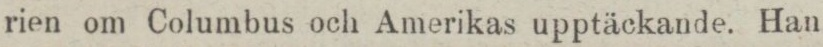
rien om Columbus och Amerikas upptäckande. Han